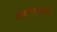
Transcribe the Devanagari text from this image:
कलाभ्रस